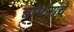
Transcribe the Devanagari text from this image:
चांभारांचे